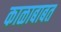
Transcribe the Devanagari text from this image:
काळाबाबत